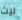
ليث